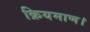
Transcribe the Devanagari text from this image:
क्रियमाण।